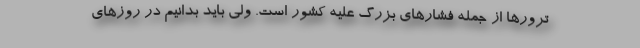
ترورها از جمله فشارهای بزرگ علیه کشور است. ولی باید بدانیم در روزهای